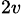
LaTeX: _{2v}